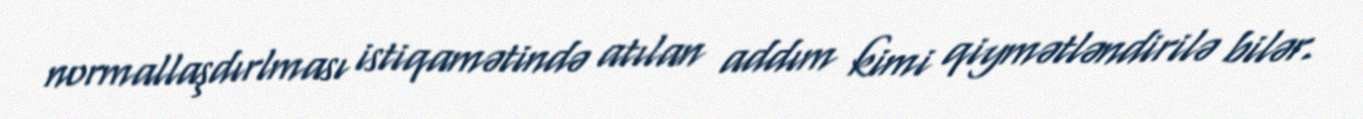
normallaşdırlması istiqamətində atılan addım kimi qiymətləndirilə bilər.